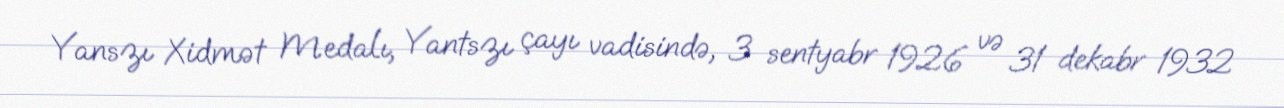
Yanszı Xidmət Medalı, Yantszı çayı vadisində, 3 sentyabr 1926 və 31 dekabr 1932